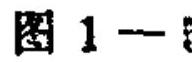
图 1—